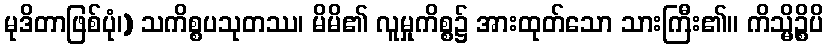
မုဒိတာဖြစ်ပုံ၊) သကိစ္စပသုတဿ၊ မိမိ၏ လူမှုကိစ္စ၌ အားထုတ်သော သားကြီး၏။ ကိသ္မိဉ္စိပိ